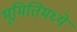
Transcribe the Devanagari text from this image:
भूमितिमध्ये